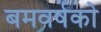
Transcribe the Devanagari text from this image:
बमवर्षको